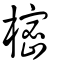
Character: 樒